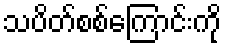
သပိတ်စစ်ကြောင်းကို